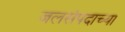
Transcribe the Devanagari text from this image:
जलसंपदाच्या